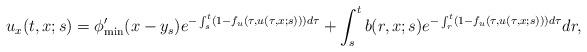
LaTeX: \begin{align*}u_{x}(t,x;s)=\phi'_{\min}(x-y_{s})e^{-\int_{s}^{t}(1-f_{u}(\tau,u(\tau,x;s)))d\tau}+\int_{s}^{t}b(r,x;s)e^{-\int_{r}^{t}(1-f_{u}(\tau,u(\tau,x;s)))d\tau}dr,\end{align*}